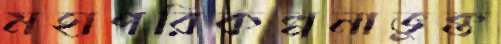
মহাপরিকল্পনাভুক্ত